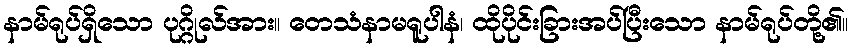
နာမ်ရုပ်ရှိသော ပုဂ္ဂိုလ်အား။ တေသံနာမရူပါနံ၊ ထိုပိုင်းခြားအပ်ပြီးသော နာမ်ရုပ်တို့၏။